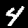
Label: 4